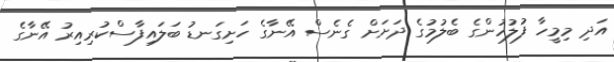
އަދި މިމީހާ ފުލުހުންގެ ބެލުމުގެ ދަށަށް ގެނެސް އޭނާގެ ހަށިގަނޑު ބަލައިފާސްކުރިއިރު އޭނާގެ